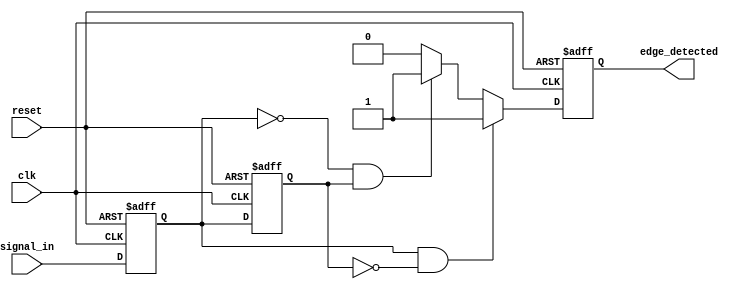
module glitch_free_edge_detector (
    input wire clk,          // Clock signal
    input wire reset,        // Reset signal
    input wire signal_in,    // Input signal to detect edges
    output reg edge_detected  // Output signal indicating edge detected
);

    // Memory blocks to store current and previous state of signal
    reg signal_current;      // Current state of the input signal
    reg signal_previous;     // Previous state of the input signal

    // Edge detection logic
    always @(posedge clk or posedge reset) begin
        if (reset) begin
            signal_current <= 0;
            signal_previous <= 0;
            edge_detected <= 0;
        end else begin
            signal_previous <= signal_current; // Store previous state
            signal_current <= signal_in;       // Store current state

            // Detect rising edge
            if (signal_current && !signal_previous) begin
                edge_detected <= 1; // Rising edge detected
            end
            // Detect falling edge
            else if (!signal_current && signal_previous) begin
                edge_detected <= 1; // Falling edge detected
            end
            else begin
                edge_detected <= 0; // No edge detected
            end
        end
    end

endmodule